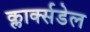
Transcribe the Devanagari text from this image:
क्लार्क्सडेल